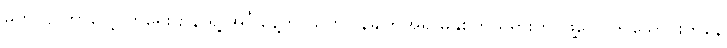
မဟာဗျူဟာလေ့လာရေးဌာန ရဲ့ အင်္ဂါနေ့က ထုတ်ပြန်ချက်အရ မနှစ်က ရုရှားတပ်ဖွဲ့တွေ ၆ သောင်းကနေ